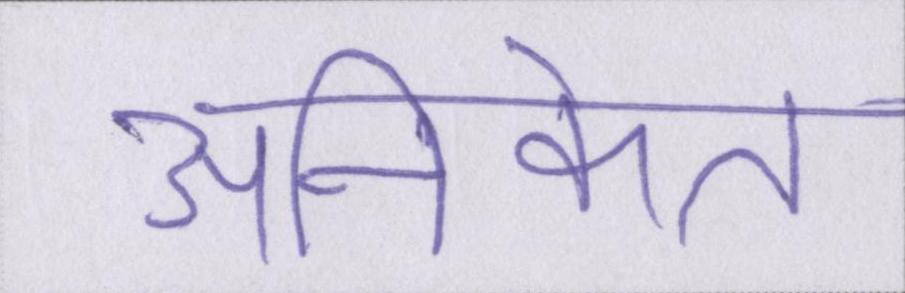
अनिकेत